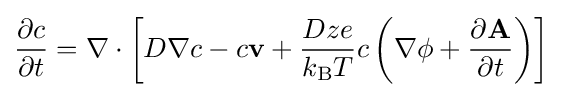
{\frac {\partial c}{\partial t}}=\nabla \cdot \left[D\nabla c-c\mathbf {v} +{\frac {Dze}{k_{\text{B}}T}}c\left(\nabla \phi +{\partial {\bf {A}} \over {\partial t}}\right)\right]